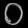
Digit: ၀